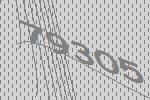
79305